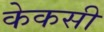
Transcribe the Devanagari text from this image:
केकसी